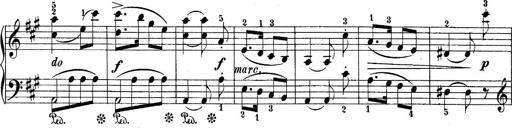
Title: 10 Sonatines progressives
Composer: Anton Schmoll